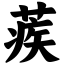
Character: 蒺